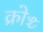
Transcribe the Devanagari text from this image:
क्रोञ्च